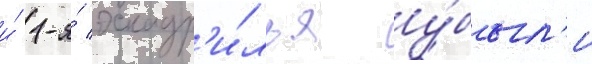
и́ 1-я́ эскадр'и́лья у́был'и